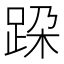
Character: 跥